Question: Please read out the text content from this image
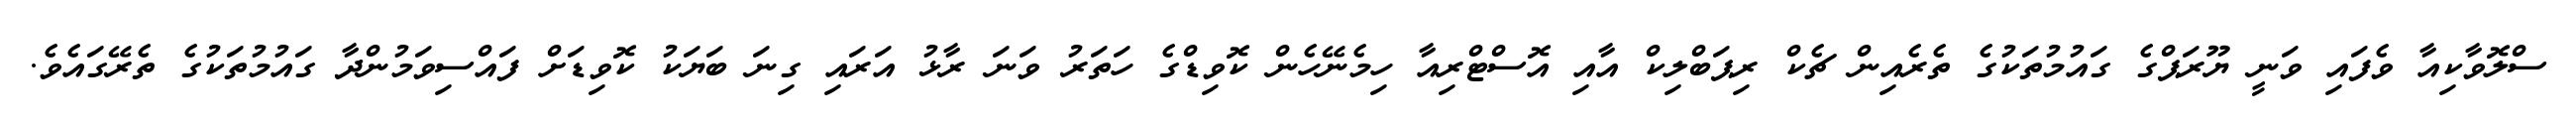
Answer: ސްލޮވާކިއާ ވެފައި ވަނީ ޔޫރަޕްގެ ގައުމުތަކުގެ ތެރެއިން ޗެކް ރިޕަބްލިކް އާއި އޮސްޓްރިއާ ހިމެނޭހެން ކޮވިޑްގެ ހަތަރު ވަނަ ރާޅު އަރައި ގިނަ ބަޔަކު ކޮވިޑަށް ފައްސިވަމުންދާ ގައުމުތަކުގެ ތެރޭގައެވެ.